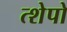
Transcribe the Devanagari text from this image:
त्शेपो